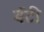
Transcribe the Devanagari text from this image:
बॅंटी